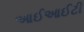
આઈઆઈટી